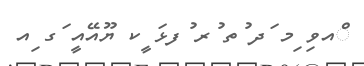
ްއވި ިމ ަދ ުތ ުރ ުފޅަ ީކ ޔޫއޭއީ ަގ ިއ